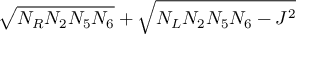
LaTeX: \sqrt { N _ { R } N _ { 2 } N _ { 5 } N _ { 6 } } + \sqrt { N _ { L } N _ { 2 } N _ { 5 } N _ { 6 } - J ^ { 2 } }